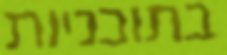
בתוכניות